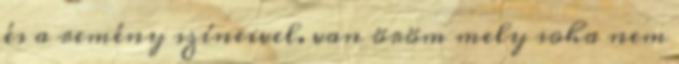
és a remény színeivel. van öröm mely soha nem